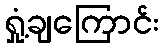
ရှုံ့ချကြောင်း